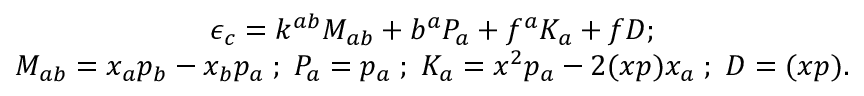
\begin{array} { c } { { \epsilon _ { c } = k ^ { a b } M _ { a b } + b ^ { a } P _ { a } + f ^ { a } K _ { a } + f D ; } } \\ { { M _ { a b } = x _ { a } p _ { b } - x _ { b } p _ { a } \; ; \; P _ { a } = p _ { a } \; ; \; K _ { a } = x ^ { 2 } p _ { a } - 2 ( x p ) x _ { a } \; ; \; D = ( x p ) . } } \end{array}